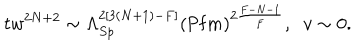
t w ^ { 2 N + 2 } \sim \Lambda _ { S p } ^ { 2 [ 3 ( N + 1 ) - F ] } \left( \mathrm { P f } m \right) ^ { 2 \frac { F - N - 1 } { F } } , \; \; v \sim 0 .